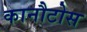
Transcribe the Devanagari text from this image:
कानौटोस